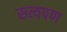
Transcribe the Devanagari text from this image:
सत्यपण